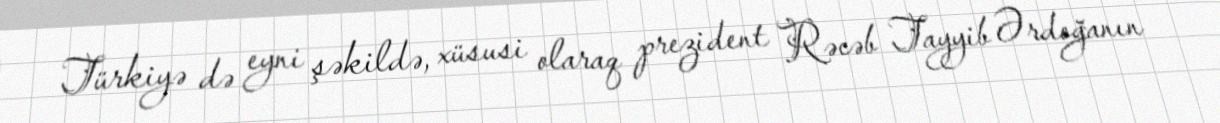
Türkiyə də eyni şəkildə, xüsusi olaraq prezident Rəcəb Tayyib Ərdoğanın